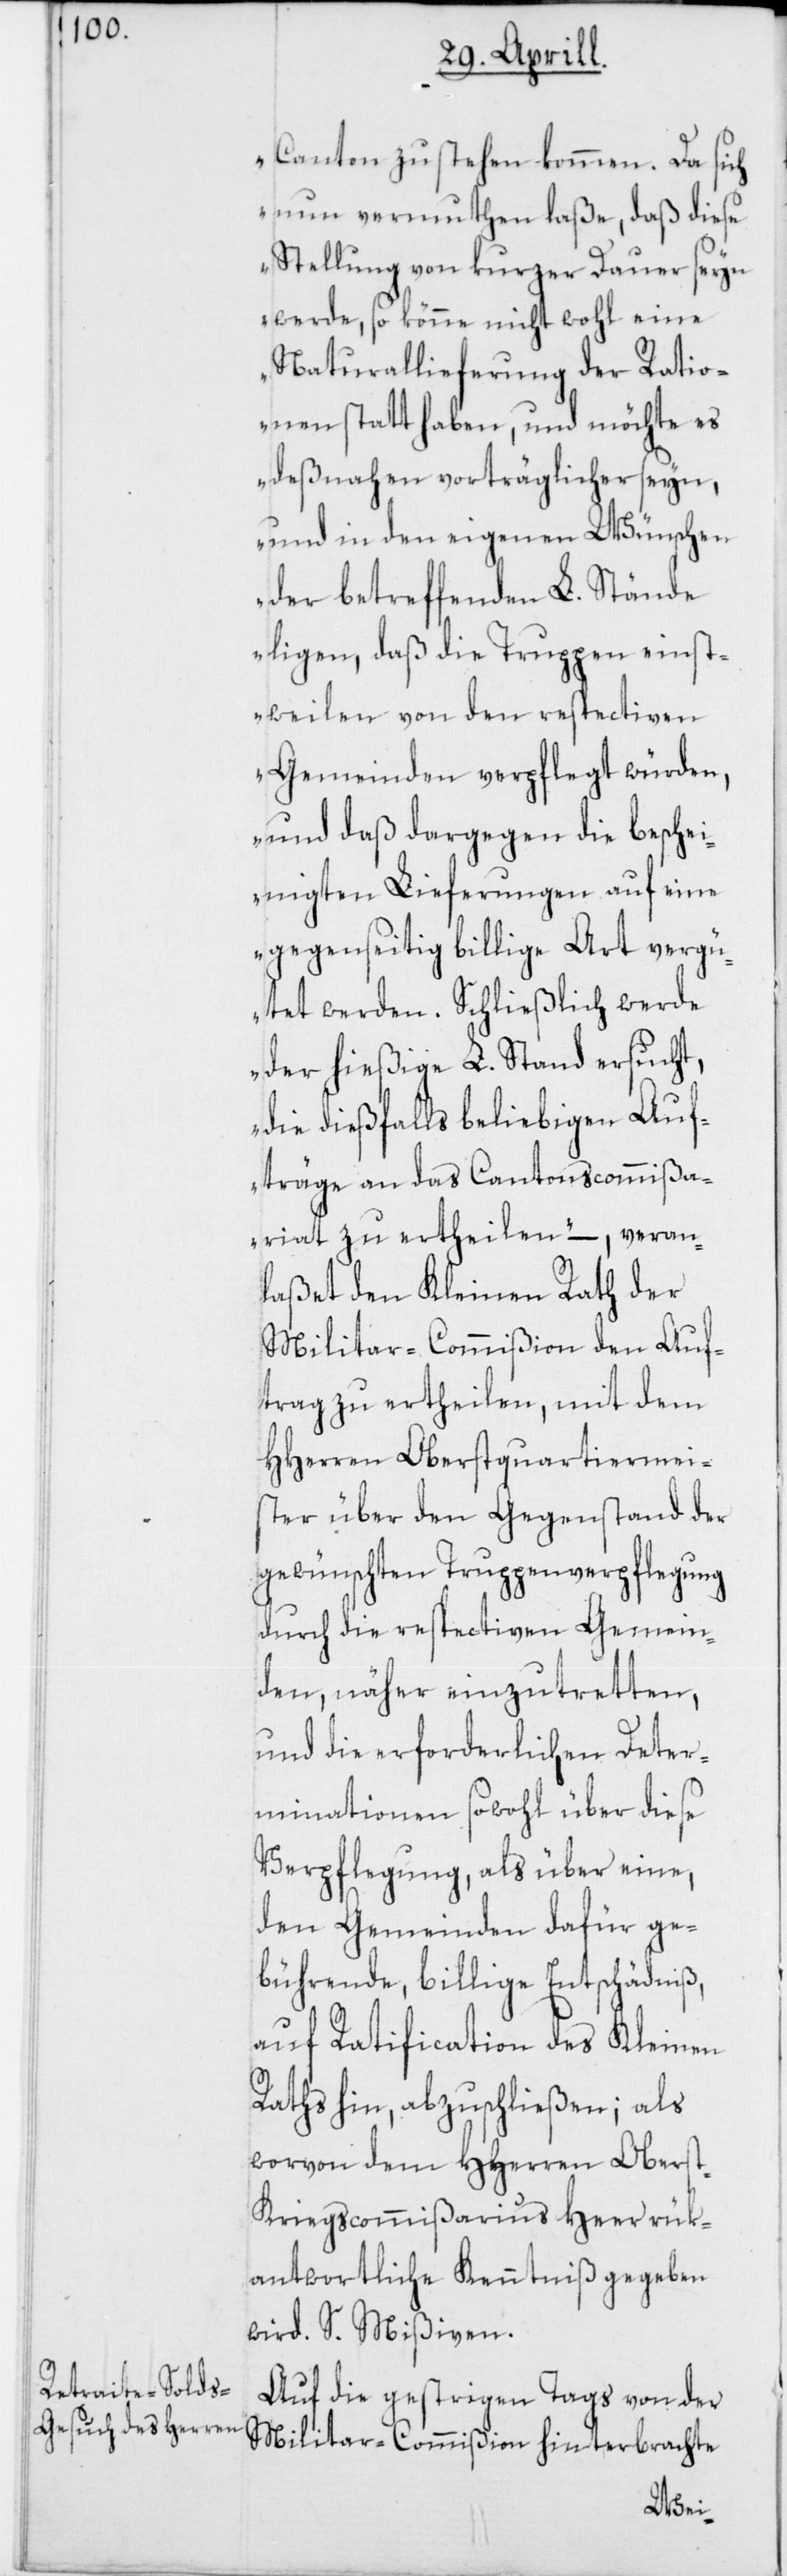
Canton zu stehen kommen. Da sich
nun vermuthen laße, daß diese
Stellung von kurzer Dauer seyn
werde, so könne nicht wohl eine
Naturallieferung der Ratio¬
nen statt haben, und möchte es
deßnahen verträglicher seyn,
und in den eigenen Wünschen
der betreffenden L. Stände
ligen, daß die Truppen einst¬
weilen von den respectiven
Gemeinden verpflegt würden,
und daß dargegen die beschei¬
nigten Lieferungen auf eine
gegenseitig billige Art vergü¬
tet werden. Schließlich werde
der hießige L. Stand ersucht,
die dießfalls beliebigen Auf¬
träge an das Cantonscommißa¬
riat zu ertheilen“ –, veran¬
laßet den Kleinen Rath der
Militar-Commißion den Auf¬
trag zu ertheilen, mit dem
HHerren Oberstquartiermei¬
ster über den Gegenstand der
gewünschten Truppenverpflegung
durch die respectiven Gemein¬
den, näher einzutretten,
und die erforderlichen Deter¬
minationen sowohl über diese
Verpflegung, als über eine,
den Gemeinden dafür ge¬
bührende, billige Entschädniß,
auf Ratification des Kleinen
Raths hin, abzuschließen; als
worvon dem HHerren Oberst¬
kriegscommißarius Heer rük¬
antwortliche Kenntniß gegeben
wird. S. Mißiven.
Auf die gestrigen Tags von der
Militar-Commißion hinterbrachte